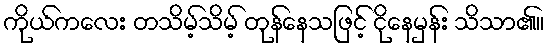
ကိုယ်ကလေး တသိမ့်သိမ့် တုန်နေသဖြင့် ငိုနေမှန်း သိသာ၏။